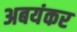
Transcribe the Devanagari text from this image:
अबयंकर